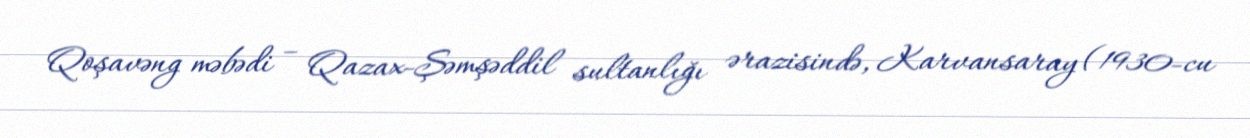
Qoşavəng məbədi – Qazax-Şəmşəddil sultanlığı ərazisində, Karvansaray (1930-cu